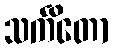
သင်္ကိတော